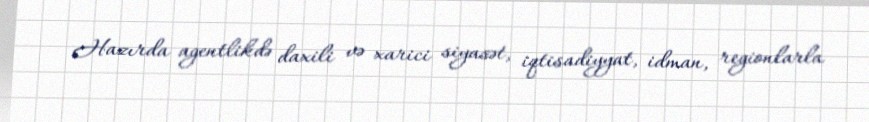
Hazırda agentlikdə daxili və xarici siyasət, iqtisadiyyat, idman, regionlarla